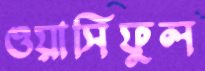
ওয়াসিফুল